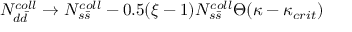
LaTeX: N _ { d \bar { d } } ^ { c o l l } \to N _ { s \bar { s } } ^ { c o l l } - 0 . 5 ( \xi - 1 ) N _ { s \bar { s } } ^ { c o l l } \Theta ( \kappa - \kappa _ { c r i t } )